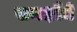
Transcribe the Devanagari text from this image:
समक्षौते